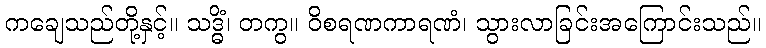
ကချေသည်တို့နှင့်။ သဒ္ဓိံ၊ တကွ။ ဝိစရဏကာရဏံ၊ သွားလာခြင်းအကြောင်းသည်။